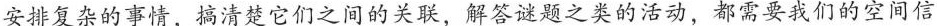
安排复杂的事情，搞清楚它们之间的关联，解答谜题之类的活动，都需要我们的空间信